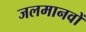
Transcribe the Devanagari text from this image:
जलमानवों